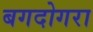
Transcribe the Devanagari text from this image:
बगदोगरा